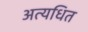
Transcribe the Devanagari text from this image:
अत्यधित